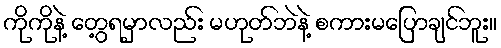
ကိုကိုနဲ့ တွေ့ရမှာလည်း မဟုတ်ဘဲနဲ့ စကားမပြောချင်ဘူး။